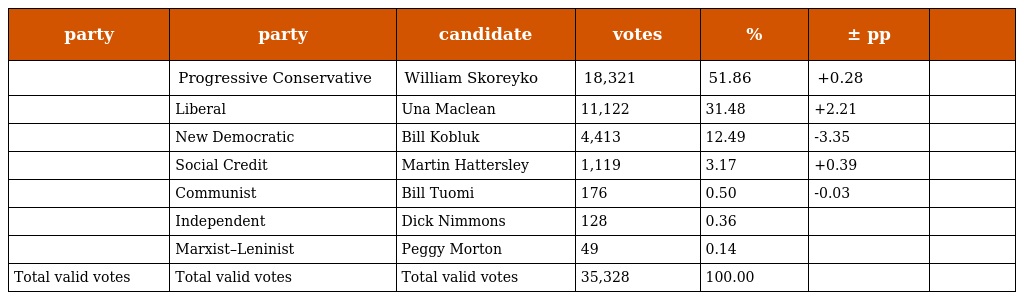
| party | party | candidate | votes | % | ± pp |  |
 | --- | --- | --- | --- | --- | --- | --- |
 |  | Progressive Conservative | William Skoreyko | 18,321 | 51.86 | +0.28 |  |
 |  | Liberal | Una Maclean | 11,122 | 31.48 | +2.21 |  |
 |  | New Democratic | Bill Kobluk | 4,413 | 12.49 | -3.35 |  |
 |  | Social Credit | Martin Hattersley | 1,119 | 3.17 | +0.39 |  |
 |  | Communist | Bill Tuomi | 176 | 0.50 | -0.03 |  |
 |  | Independent | Dick Nimmons | 128 | 0.36 |  |  |
 |  | Marxist–Leninist | Peggy Morton | 49 | 0.14 |  |  |
 | Total valid votes | Total valid votes | Total valid votes | 35,328 | 100.00 |  |  |